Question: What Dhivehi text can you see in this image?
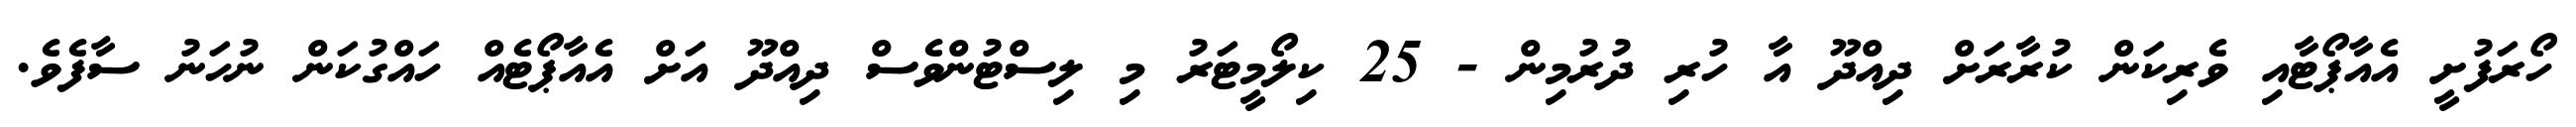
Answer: ހޯރަފުށީ އެއާޕޯޓާއި ވެރިކަން ކުރާރަށް ދިއްދޫ އާ ހުރި ދުރުމިން - 25 ކިލޯމީޓަރު މި ލިސްޓުންވެސް ދިއްދޫ އަށް އެއާޕޯޓެއް ހައްގުކަން ނުހަނު ސާފެވެ.